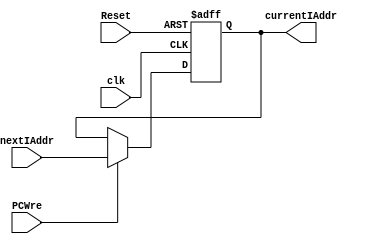
`timescale 1ns / 1ps
//////////////////////////////////////////////////////////////////////////////////
// Company: 
// Engineer: 
// 
// Design Name: 
// Module Name: PC
// Project Name: 
// Target Devices: 
// Tool Versions: 
// Description: 
// 
// Dependencies: 
// 
// Revision:
// Revision 0.01 - File Created
// Additional Comments:
// 
//////////////////////////////////////////////////////////////////////////////////


module PC(
    input clk,
    input Reset,
    input PCWre,
    input [31:0] nextIAddr,
    output reg [31:0] currentIAddr
    );
    
    initial currentIAddr <= 0;
    
    always @(posedge clk or negedge Reset) begin
        if(Reset == 0) currentIAddr <= 0;
        else begin
            if(PCWre == 1) currentIAddr <= nextIAddr;
            else currentIAddr <= currentIAddr;
        end
    end
endmodule